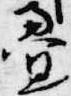
畳